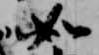
如